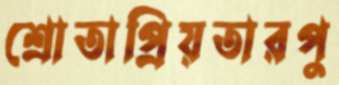
শ্রোতাপ্রিয়তারপু